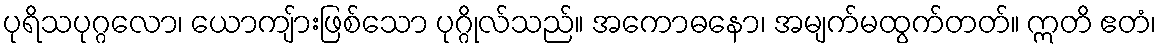
ပုရိသပုဂ္ဂလော၊ ယောကျ်ားဖြစ်သော ပုဂ္ဂိုလ်သည်။ အကောဓနော၊ အမျက်မထွက်တတ်။ ဣတိ ဧတံ၊